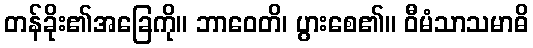
တန်ခိုး၏အခြေကို။ ဘာဝေတိ၊ ပွားစေ၏။ ဝီမံသာသမာဓိ